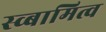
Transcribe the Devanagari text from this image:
स्व्बामित्व